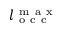
l _ { \mathrm { ~ o ~ c ~ c ~ } } ^ { \mathrm { ~ m ~ a ~ x ~ } }